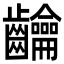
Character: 𮯘